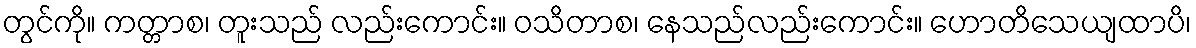
တွင်ကို။ ကတ္တာစ၊ တူးသည် လည်းကောင်း။ ဝသိတာစ၊ နေသည်လည်းကောင်း။ ဟောတိသေယျထာပိ၊